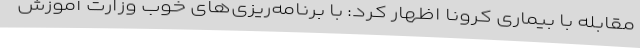
مقابله با بیماری کرونا اظهار کرد: با برنامه‌ریزی‌های خوب وزارت آموزش